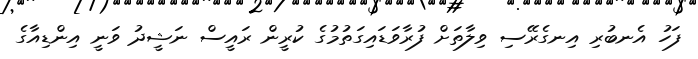
ފަހު އެނބުރި އިނގެރޭސި ވިލާތަށް ފުރާވަޑައިގަތުމުގެ ކުރީން ރައީސް ނަޝީދު ވަނީ އިންޑިއާގެ